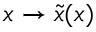
x \rightarrow { \tilde { x } } ( x )